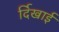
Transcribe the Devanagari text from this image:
र्दिखाई